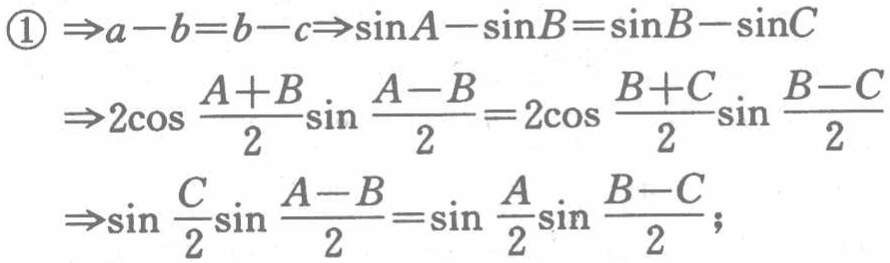
\(

\begin{align*}

\textcircled{1}&\Rightarrow a - b = b - c\Rightarrow\sin A-\sin B=\sin B - \sin C\\

&\Rightarrow2\cos\frac{A + B}{2}\sin\frac{A - B}{2}=2\cos\frac{B + C}{2}\sin\frac{B - C}{2}\\

&\Rightarrow\sin\frac{C}{2}\sin\frac{A - B}{2}=\sin\frac{A}{2}\sin\frac{B - C}{2};

\end{align*}

\)